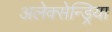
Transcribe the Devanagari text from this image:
अलेक्सेन्ड्रिया